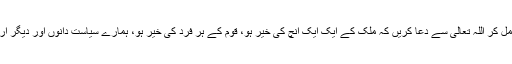
راقم ملک کے عوام سے التجا کرنا چاہتا ہے کہ جس نازک دور سے آج کل ملک گزر رہا ہے آﺅ ہم سب مل کر اللہ تعالیٰ سے دعا کریں کہ ملک کے ایک ایک انچ کی خیر ہو، قوم کے ہر فرد کی خیر ہو، ہمارے سیاست دانوں اور دیگر اربابِ بست وکشناد کو رب العالمین ملکی حفاظت، ملکی استحکام اور ملکی بھلائی کی توفیق عطا فرمائے۔